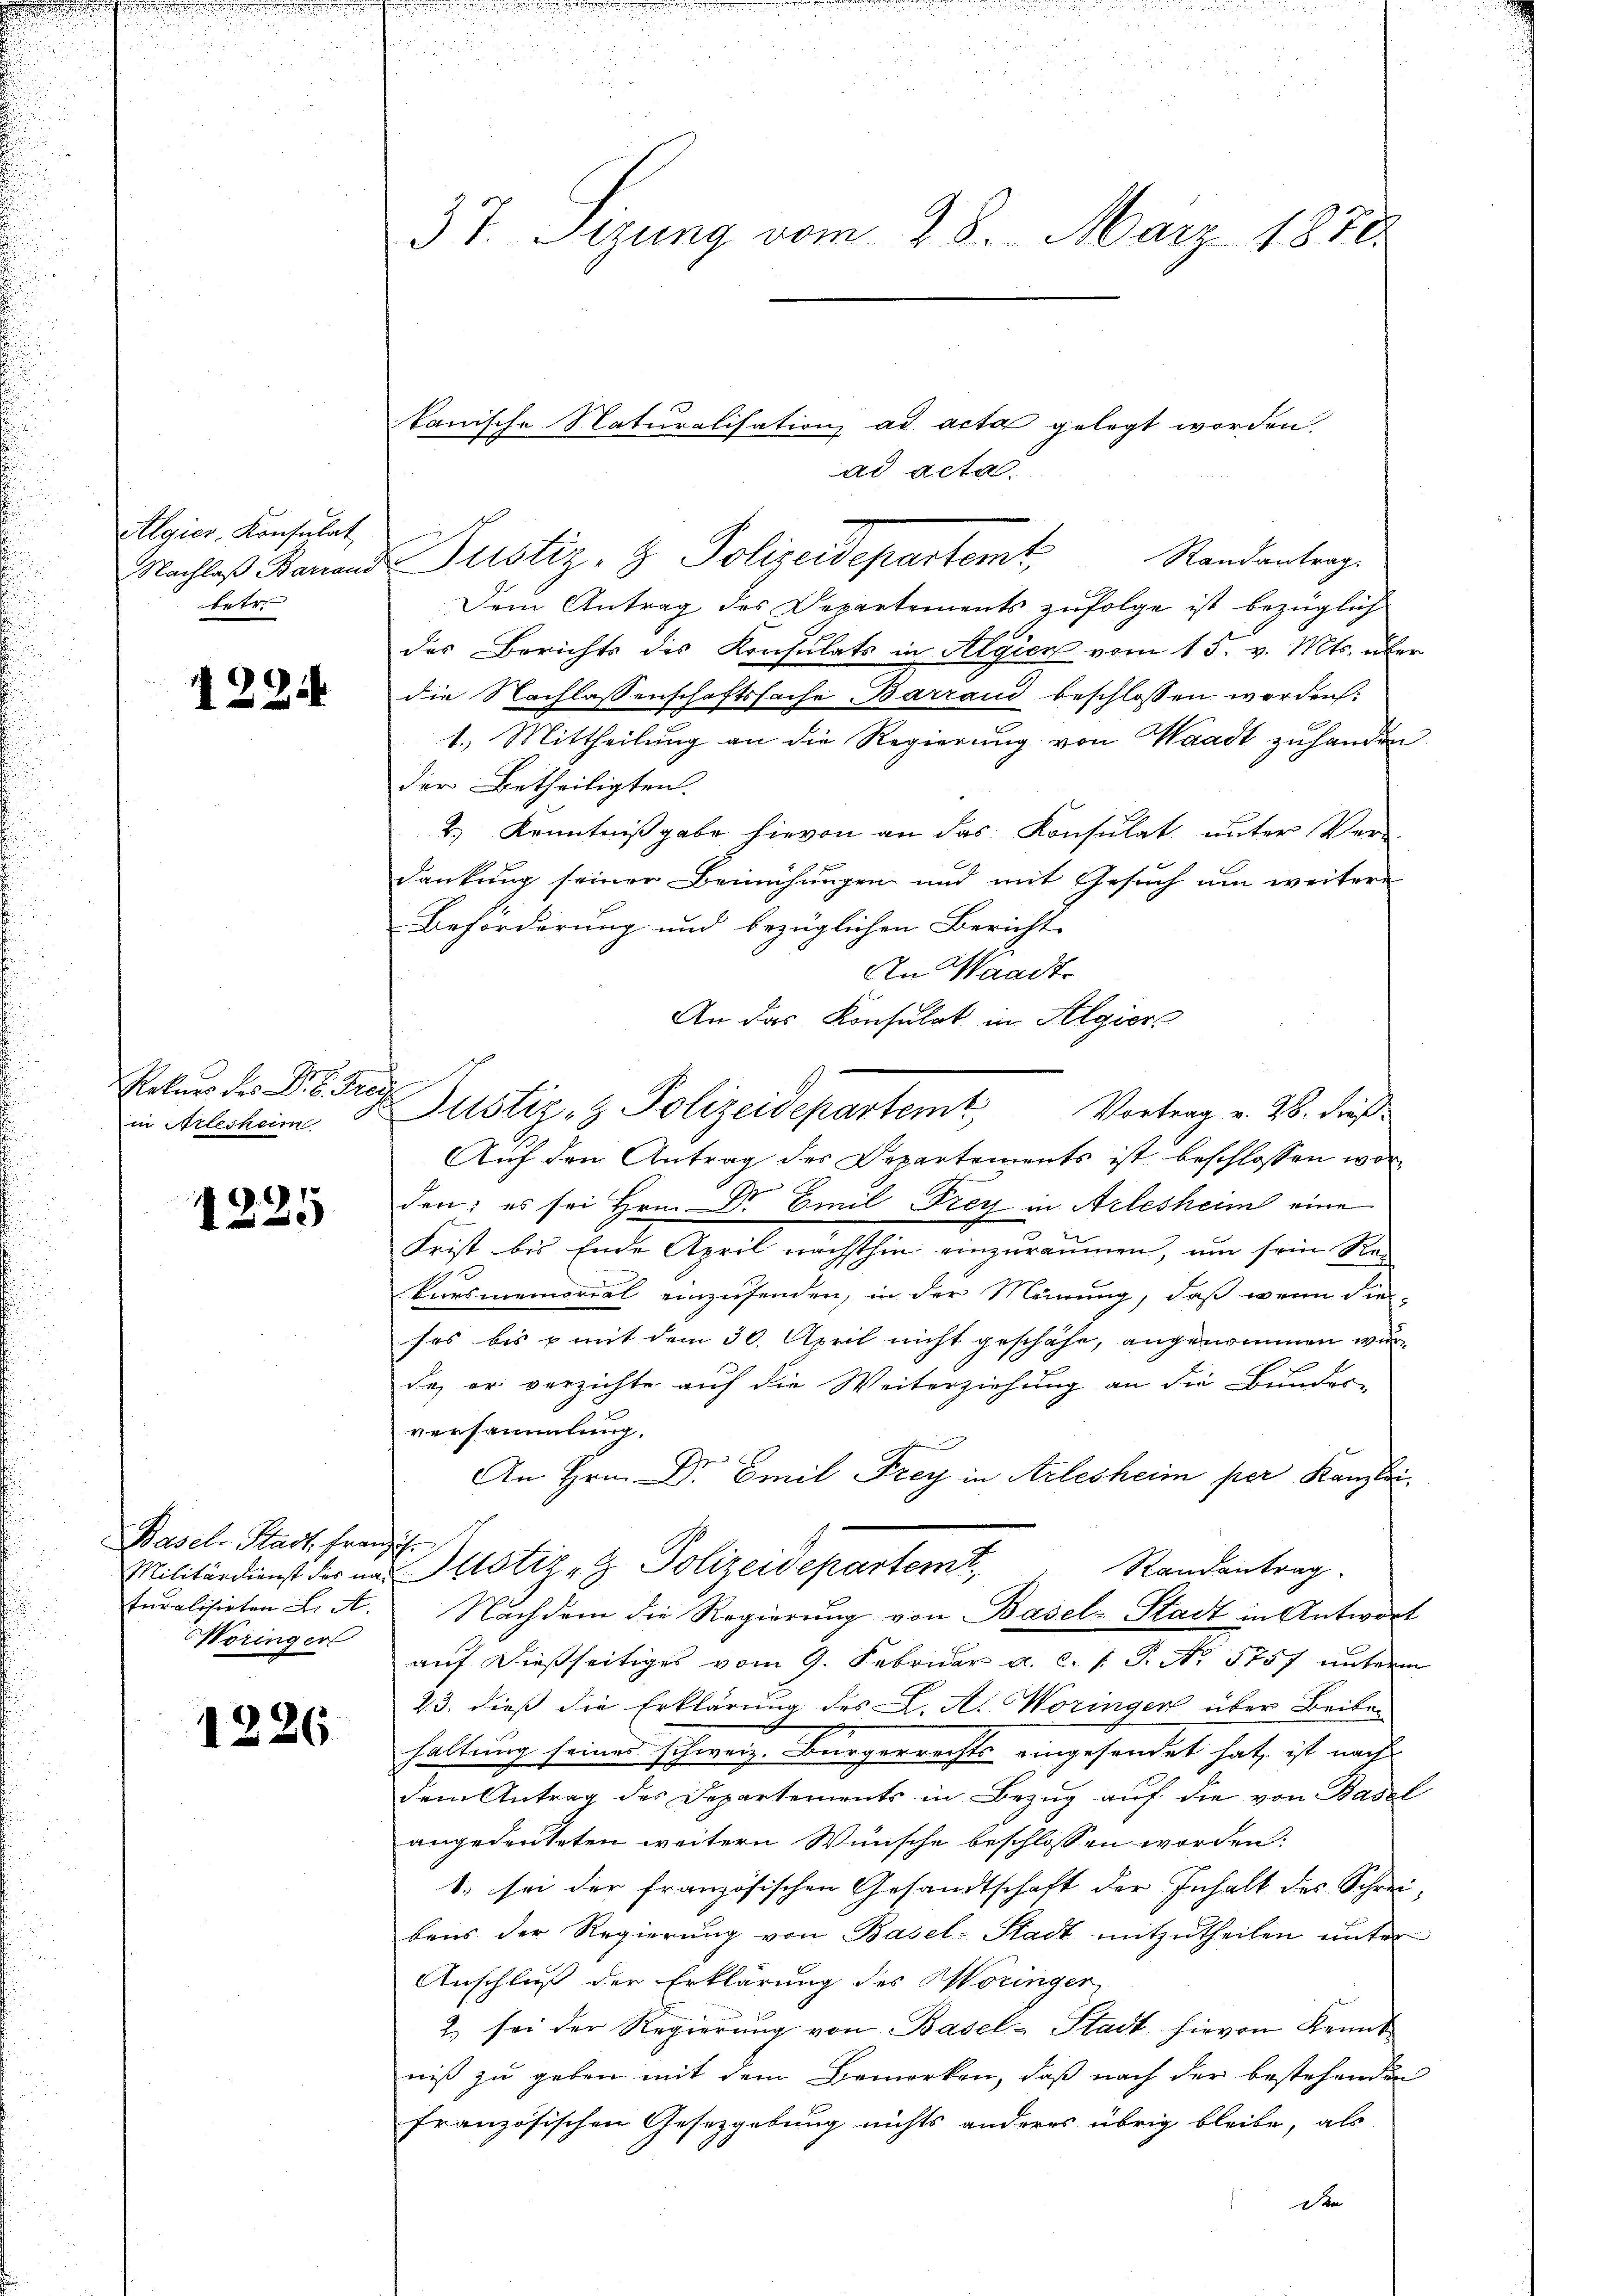
Algier, Konsulat
tete

1224

17
Rekurs des D. B. Fre
in Arlesheim

1225

Basel Stadt. Franzi
Woringer

1226

3t. Sizung vom 28. März 1878

ad acta.
Randantrag.
Nachtes Kanad Justiz- & Polizeidepartemt
Dem Antrag des Departements zufolge ist bezüglich
des Berichts des Konsulats in Algien vom 15. v. Mts. über
die Nachlassenschaftsfache, Barrand beschlossen worden.
1.) Mittheilung an die Regierung von Waadt zuhanden
der Betheiligten.
2.) Kenntnißgabe hievon an das Konsulat unter Ver-
dankung seiner Bemühungen und mit Gesuch um weitere
Beförderung und bezüglichen Bericht
An Waadt
An das Konsulat in Algier
Auf den Antrag des Departements ist beschlossen wor¬
E
den; es sei Hrn. Dr Emil Frey in Arlesheim eine
Frist bis Ende April nächsthin einzuräumen, um sein Re-
kursmemorial einzusenden, in der Meinung, daß wenn die-
ses bis & mit dem 30. April nicht geschähe, angenommen wurda er verzichte auf die Weiterziehung an die Bunder-
versammlung.
n
An Hrn. Dr Emil Frey in Arlesheim per Kanzlei-
Militärdienst der im Justiz- & Polizeidepartemt,
Randantrag
turalisirten L. A. Nachdem die Regierŭng von Basel-Stadt in Antwort
auf dießseitiges vom 9. Februar a. c. 1. P. No 1757 unterm
23. dieß die Erklärung des L. A. Woringer über Beibehaltung seiner schweiz. Bürgerrechts eingesendet hat, ist nach
dem Antrag des Departements in Bezŭg aŭf die von Basel
angedeuteten weitern Wünsche beschlossen worden.
1. sei der französischen Gesandtschaft der Inhalt des Schreibens der Regierung von Basel-Stadt mitzutheilen unter
Anschluß der Erklärung des Woringer
2. sei der Regierŭng von Basel-Stadt hievon Kennt
niß zu geben mit dem Bemerken, daß nach der bestehenden
französischen Gesetzgebung nichts anderes übrig bleibe, als
Den

kanische Naturalisation ad acta gelegt worden.

Justiz- & Polizeidepartemt. Vortrag v. 28. dies